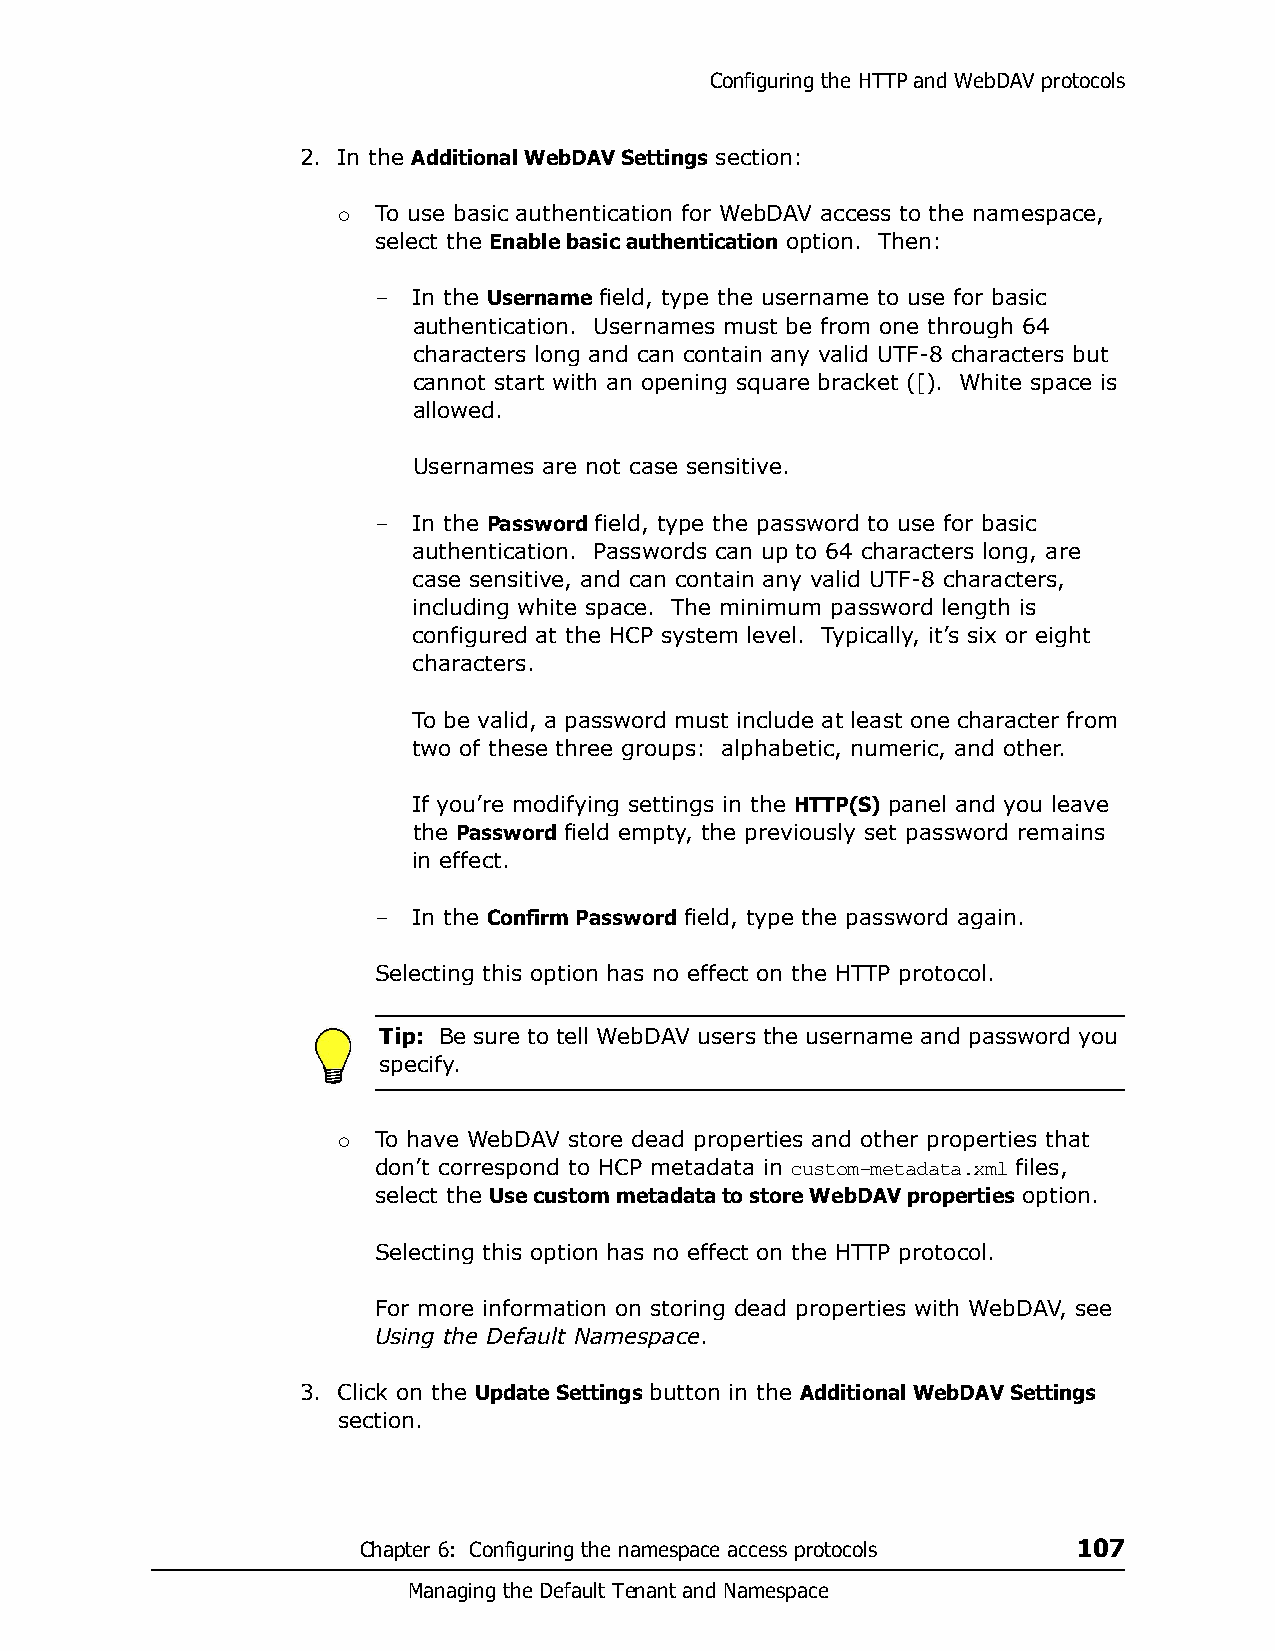
Configuring the HTTP and WebDAV protocols
 2. In the Additional WebDAV Settings section:
 To use basic authentication for WebDAV access to the namespace,
 
 select the Enable basic authentication option. Then:
 – In the Username field, type the username to use for basic
 authentication. Usernames must be from one through 64
 characters long and can contain any valid UTF-8 characters but
 cannot start with an opening square bracket ([). White space is
 allowed.
 Usernames are not case sensitive.
 – In the Password field, type the password to use for basic
 authentication. Passwords can up to 64 characters long, are
 case sensitive, and can contain any valid UTF-8 characters,
 including white space. The minimum password length is
 configured at the HCP system level. Typically, it’s six or eight
 characters.
 To be valid, a password must include at least one character from
 two of these three groups: alphabetic, numeric, and other.
 If you’re modifying settings in the HTTP(S) panel and you leave
 the Password field empty, the previously set password remains
 in effect.
 – In the Confirm Password field, type the password again.
 Selecting this option has no effect on the HTTP protocol.
 Tip: Be sure to tell WebDAV users the username and password you
 specify.
 To have WebDAV store dead properties and other properties that
 
 don’t correspond to HCP metadata in custom-metadata.xml files,
 select the Use custom metadata to store WebDAV properties option.
 Selecting this option has no effect on the HTTP protocol.
 For more information on storing dead properties with WebDAV, see
 Using the Default Namespace.
 3. Click on the Update Settings button in the Additional WebDAV Settings
 section.
 Chapter 6: Configuring the namespace access protocols 107
 Managing the Default Tenant and Namespace